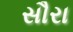
સૌરા